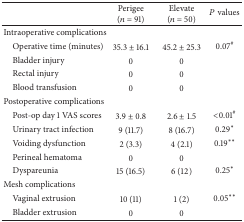
<table><thead><tr><td><b> </b></td><td><b>Perigee (<i>n</i> = 91)</b></td><td><b>Elevate (<i>n</i> = 50)</b></td><td><b><i>P</i> values</b></td></tr></thead><tbody><tr><td>Intraoperative complications</td><td> </td><td> </td><td> </td></tr><tr><td> Operative time (minutes)</td><td>35.3 ± 16.1</td><td>45.2 ± 25.3</td><td>0.07<sup>#</sup></td></tr><tr><td> Bladder injury</td><td>0</td><td>0</td><td> </td></tr><tr><td> Rectal injury</td><td>0</td><td>0</td><td> </td></tr><tr><td> Blood transfusion</td><td>0</td><td>0</td><td> </td></tr><tr><td>Postoperative complications</td><td> </td><td> </td><td> </td></tr><tr><td> Post-op day 1 VAS scores</td><td>3.9 ± 0.8</td><td>2.6 ± 1.5</td><td>&lt;0.01<sup>#</sup></td></tr><tr><td> Urinary tract infection</td><td>9 (11.7)</td><td>8 (16.7)</td><td>0.29<sup>∗</sup></td></tr><tr><td> Voiding dysfunction</td><td>2 (3.3)</td><td>4 (2.1)</td><td>0.19<sup>∗∗</sup></td></tr><tr><td> Perineal hematoma</td><td>0</td><td>0</td><td> </td></tr><tr><td> Dyspareunia</td><td>15 (16.5)</td><td>6 (12)</td><td>0.25<sup>∗</sup></td></tr><tr><td>Mesh complications</td><td> </td><td> </td><td> </td></tr><tr><td> Vaginal extrusion</td><td>10 (11)</td><td>1 (2)</td><td>0.05<sup>∗∗</sup></td></tr><tr><td> Bladder extrusion</td><td>0</td><td>0</td><td> </td></tr></tbody></table>